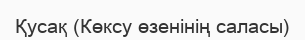
Қусақ (Көксу өзенінің саласы)